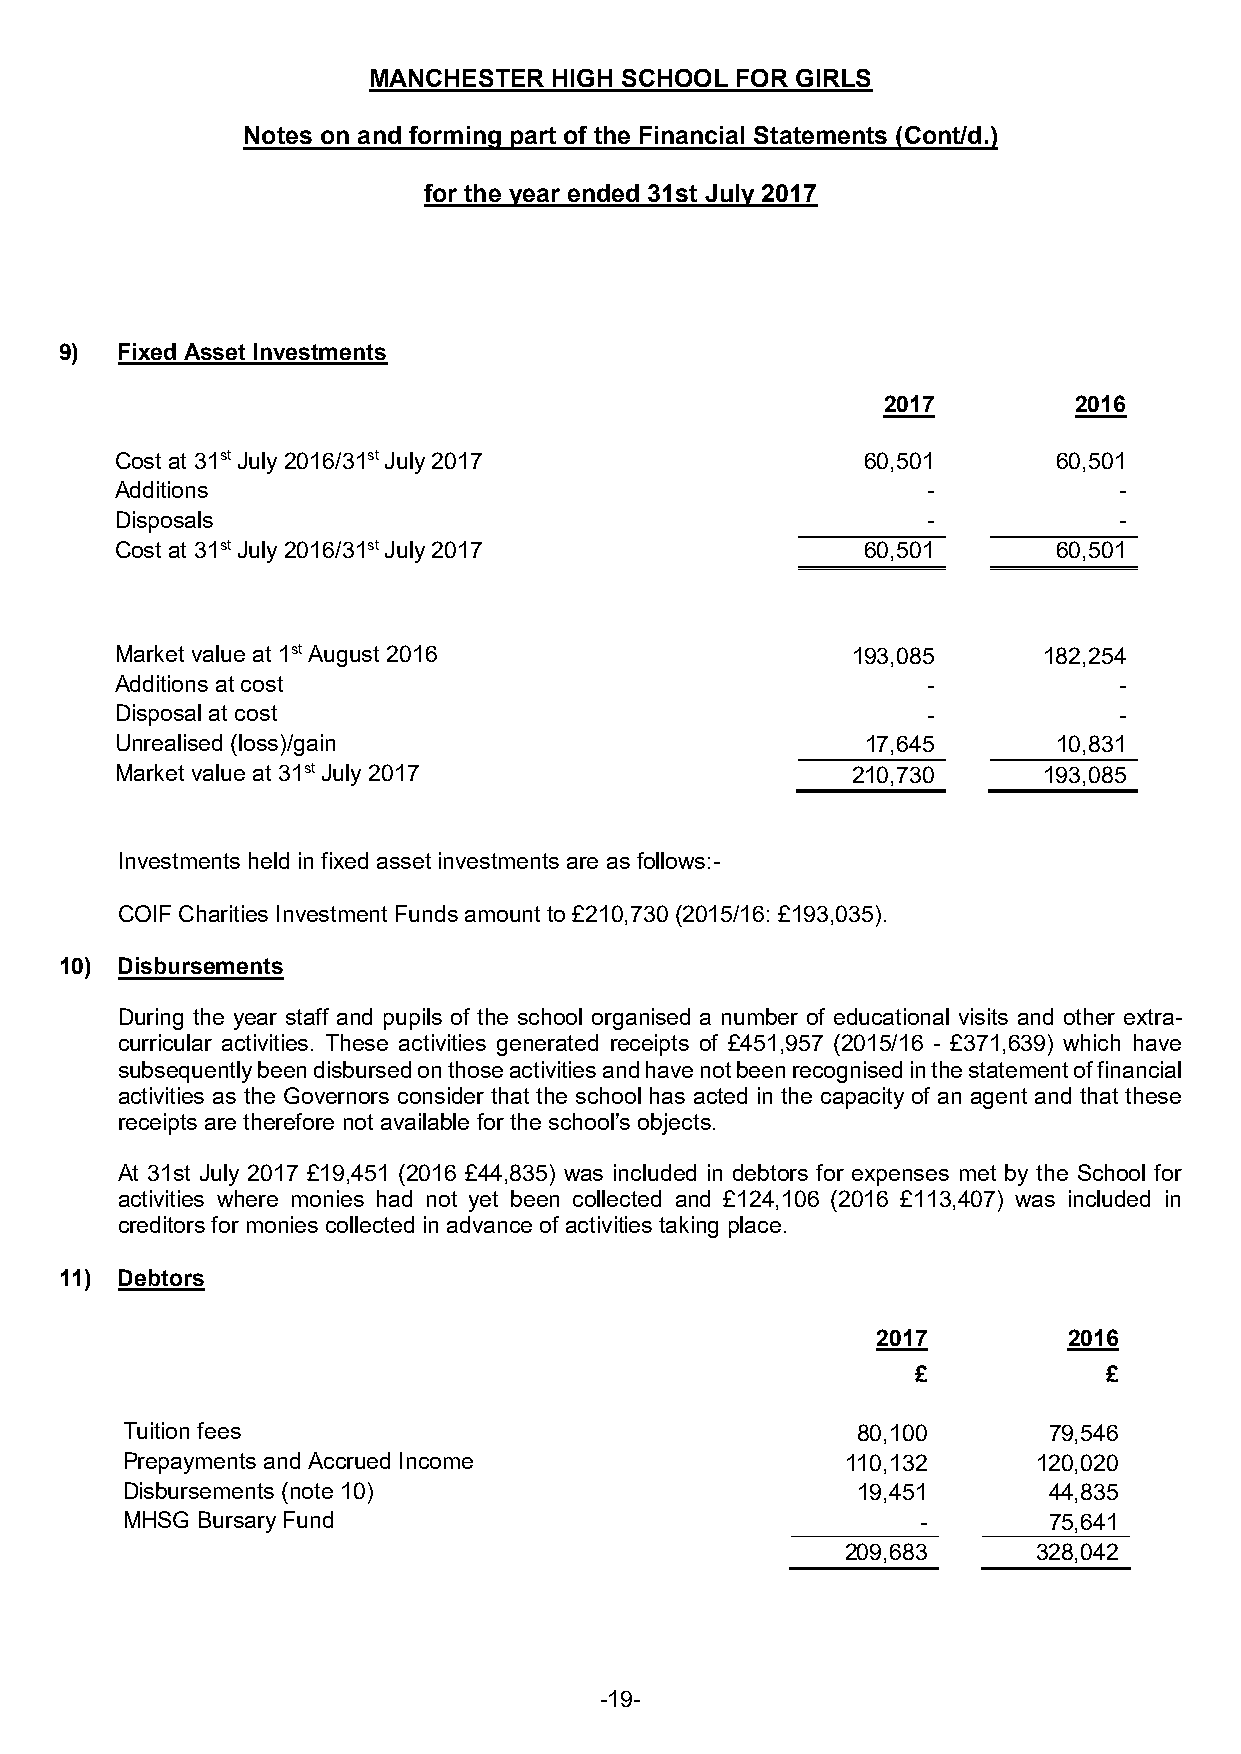
MANCHESTER   HIGH SCHOOL FOR GIRLS
 Notes on and forming part of the Financial Statements (Cont/d.)
 for the year ended 31st July 2017
 9)  Fixed Asset Investments
 2017         2016
 Cost at 31st July 2016/31st July 2017            60,501       60,501
 Additions                                            -            -
 Disposals                                            -            -
 Cost at 31st July 2016/31st July 2017            60,501       60,501
 Market value at 1st August 2016                 193,085      182,254
 Additions at cost                                    -            -
 Disposal at cost                                     -            -
 Unrealised (loss)/gain                           17,645       10,831
 Market value at 31st July 2017                  210,730      193,085
 Investments held in fixed asset investments are as follows:-
 COIF Charities Investment Funds amount to £210,730 (2015/16: £193,035).
 10) Disbursements
 During the year staff and pupils of the school organised a number of educational visits and other extra-
 curricular activities. These activities generated receipts of £451,957 (2015/16 - £371,639) which have
 subsequently been disbursed on those activities and have not been recognised in the statement of financial
 activities as the Governors consider that the school has acted in the capacity of an agent and that these
 receipts are therefore not available for the school’s objects.
 At 31st July 2017 £19,451 (2016 £44,835) was included in debtors for expenses met by the School for
 activities where monies had not yet been collected and £124,106 (2016 £113,407) was included in
 creditors for monies collected in advance of activities taking place.
 11) Debtors
 2017         2016
 £           £
 Tuition fees                                     80,100      79,546
 Prepayments and Accrued Income                  110,132      120,020
 Disbursements (note 10)                          19,451      44,835
 MHSG Bursary Fund                                    -       75,641
 209,683      328,042
 -19-